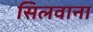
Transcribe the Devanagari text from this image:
सिलवाना